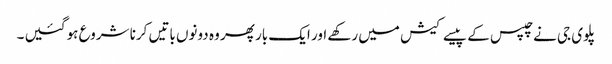
پلوی جی نے چپس کے پیسے کیش میں رکھے اور ایک بار پھر وہ دونوں باتیں کرنا شروع ہو گئیں ۔